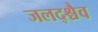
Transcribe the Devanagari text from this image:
जलद्श्चैव